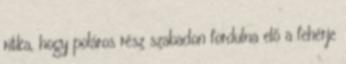
ritka, hogy poláros rész szabadon fordulna elő a fehérje